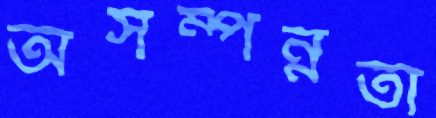
অসম্পন্নতা